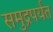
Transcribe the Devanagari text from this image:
समुद्रपर्यंत